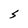
Character: S